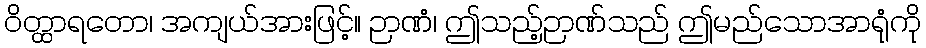
ဝိတ္ထာရတော၊ အကျယ်အားဖြင့်။ ဉာဏံ၊ ဤသည့်ဉာဏ်သည် ဤမည်သောအာရုံကို